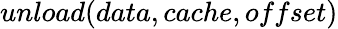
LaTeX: unload(data,cache,offset)